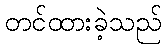
တင်ထားခဲ့သည်